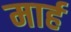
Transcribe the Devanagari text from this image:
मार्ह